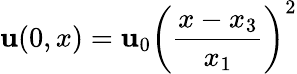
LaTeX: \mathbf{u}(0,x)=\mathbf{u}_{0}\left({\frac{{x-x_{3}}}{{x_{1}}}}\right)^{2}